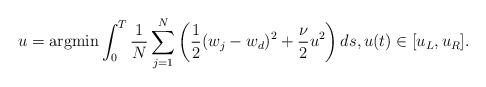
LaTeX: \begin{align*}\begin{aligned}&u=\textrm{argmin}\int_0^T\frac1{N}\sum_{j=1}^N\left(\frac{1}{2}(w_j-w_d)^2+ \frac{\nu}{2} u^2\right)ds,u(t)\in[u_L,u_R].\end{aligned}\end{align*}